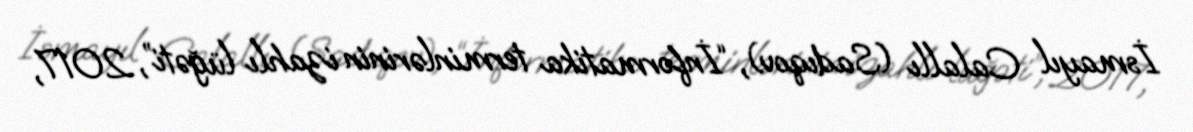
İsmayıl Calallı (Sadıqov), “İnformatika terminlərinin izahlı lüğəti”, 2017,